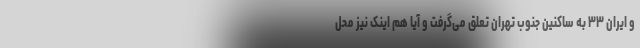
و ایران ۳۳ به ساکنین جنوب تهران تعلق می‌گرفت و آیا هم اینک نیز محل